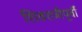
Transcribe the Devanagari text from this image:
शिवरात्रीपूर्वी